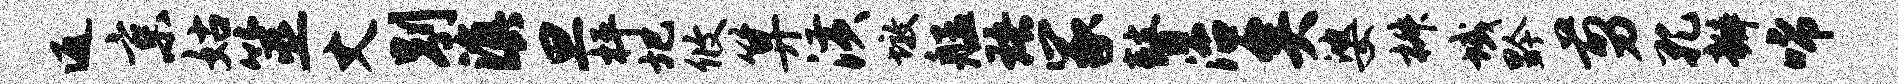
返京姑筮丈别滇旦枰圯攸算潢墩艋珞冢瞽治矣婆椒域黔剪孔瓣唏